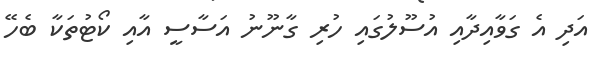
އަދި އެ ގަވާއިދާއި އުސޫލުގައި ހުރި ގާނޫނު އަސާސީ އާއި ކޯޓުތަކާ ބެހޭ